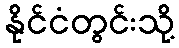
နိုင်ငံတွင်းသို့